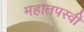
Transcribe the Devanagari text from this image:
महातपस्वी